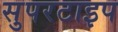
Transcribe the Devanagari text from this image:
सुपरटाइप